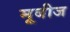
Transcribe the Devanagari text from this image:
मूबीज